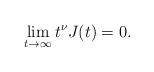
LaTeX: \begin{align*} \lim _{t\to \infty }t^{\nu }J(t)=0. \end{align*}